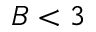
B < 3